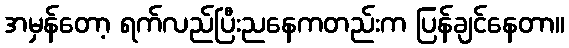
အမှန်တော့ ရက်လည်ပြီးညနေကတည်းက ပြန်ချင်နေတာ။